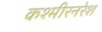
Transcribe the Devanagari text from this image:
कश्मीरनरेश